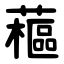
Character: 藲